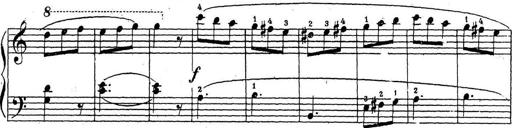
Title: 10 Sonatinas
Composer: Fritz Spindler